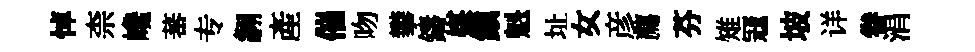
悼柰巉蕃专翿産催吻攀鑄媒鎭魁址女彦薦芬雉冦坡详眷涓